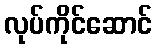
လုပ်ကိုင်ဆောင်